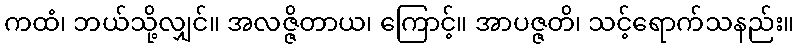
ကထံ၊ ဘယ်သို့လျှင်။ အလဇ္ဇိတာယ၊ ကြောင့်။ အာပဇ္ဇတိ၊ သင့်ရောက်သနည်း။